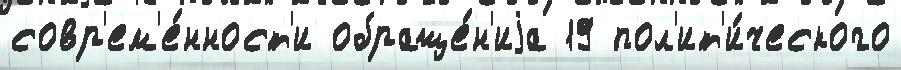
совр'ем'е́нност'и обраще́н'иjа 19 пол'ит'и́ческого